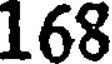
168